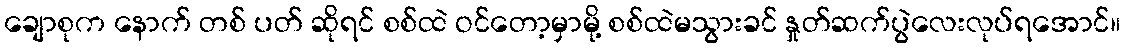
ချောစုက နောက် တစ် ပတ် ဆိုရင် စစ်ထဲ ဝင်တော့မှာမို့ စစ်ထဲမသွားခင် နှုတ်ဆက်ပွဲလေးလုပ်ရအောင်။